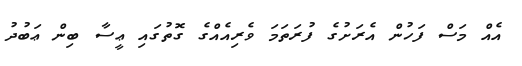
އެއް މަސް ފަހުން އެރަށުގެ ފުރަތަމަ ވެރިއެއްގެ ގޮތުގައި ޢީސާ ބިން ޢަބުދު